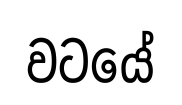
වටයේ